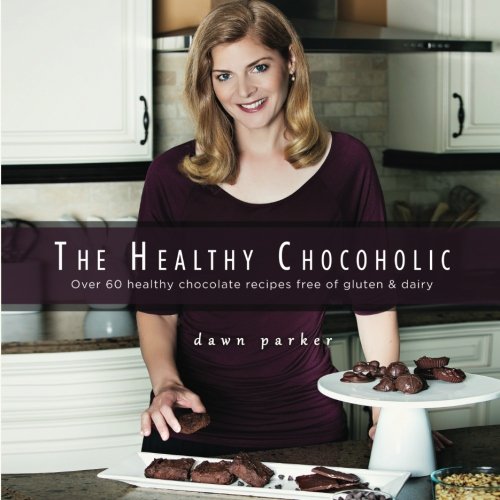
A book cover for The Healthy Chocoholic: Over 60 healthy chocolate recipes free of gluten & dairy; Dawn J Parker; Cookbooks, Food & Wine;